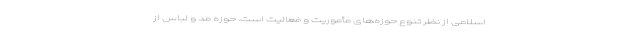
اسلامی از نظر تنوع حوزه‌های مأموریت و فعالیت است. حوزه مد و لباس از